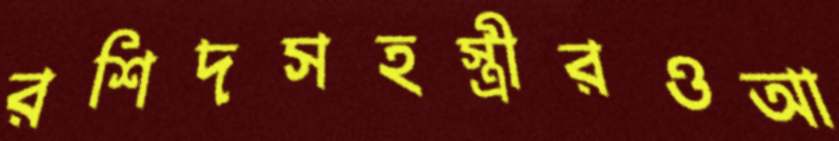
রশিদসহস্ত্রীরওআ